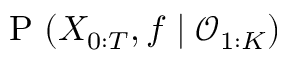
\mathrm { ~ P ~ } ( X _ { 0 : T } , f \mid \mathcal { O } _ { 1 : K } )